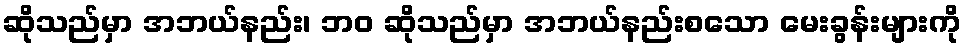
ဆိုသည်မှာ အဘယ်နည်း၊ ဘဝ ဆိုသည်မှာ အဘယ်နည်းစသော မေးခွန်းများကို